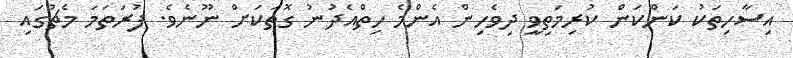
އިސާހިތަކު ކަންކަން ކުރިމަތިވީ ދިވެހިން އެންމެ ހިތްއެދުނު ގޮތަކަށް ނޫނެވެ. ފުރަތަމަ މެޗުގައި